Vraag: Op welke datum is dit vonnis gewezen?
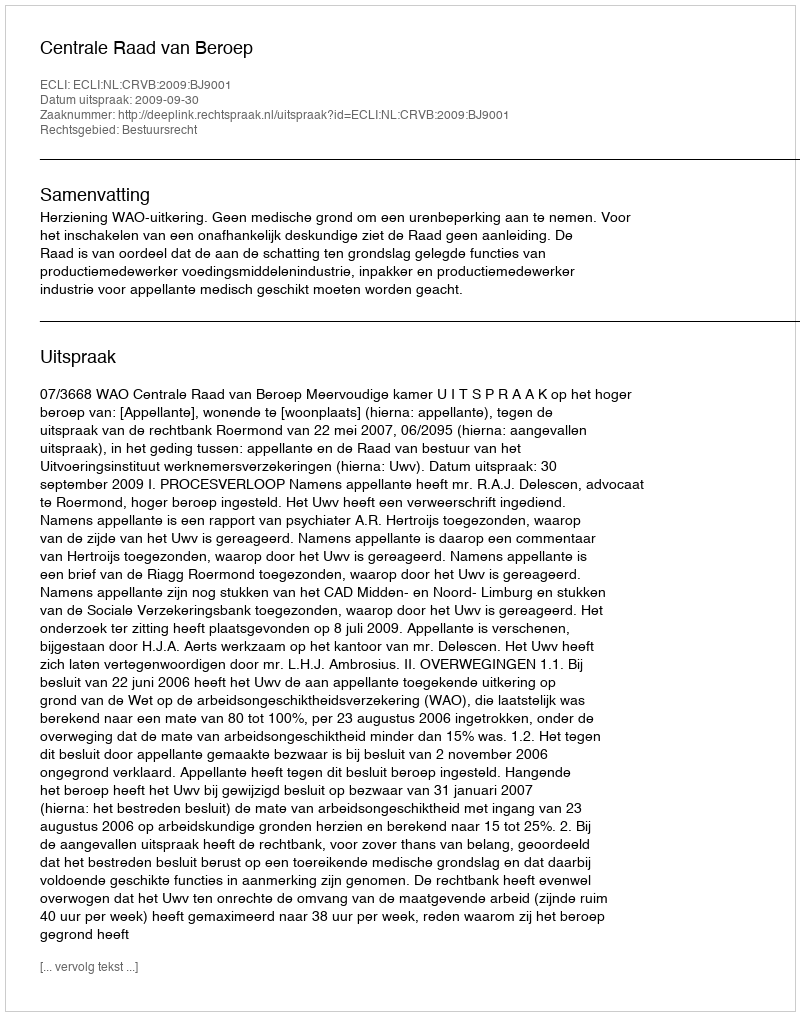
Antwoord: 2009-09-30